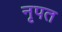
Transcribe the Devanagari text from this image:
नृपत